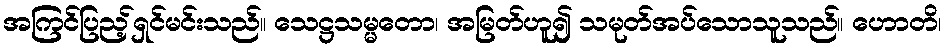
အကြင်ပြည့်ရှင်မင်းသည်။ သေဋ္ဌသမ္မတော၊ အမြတ်ဟူ၍ သမုတ်အပ်သောသူသည်။ ဟောတိ၊